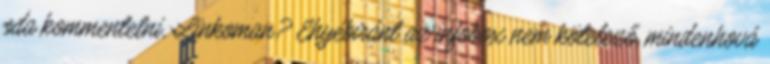
oda kommentelni, Linkoman? Ehyébiránt az infobox nem kötelező, mindenhová